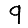
Digit: 9